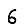
Digit: 6